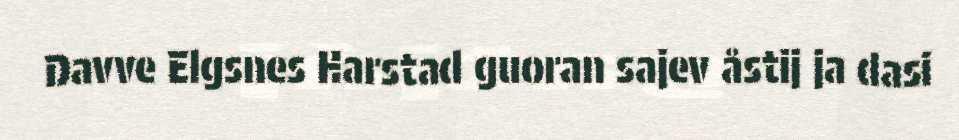
Davve Elgsnes Harstad guoran sajev åstij ja dasi